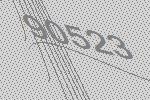
90523